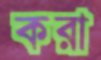
করা